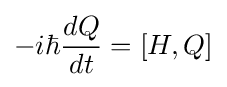
-i\hbar {\frac {dQ}{dt}}=\left[H,Q\right]